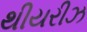
થીયરીઝ